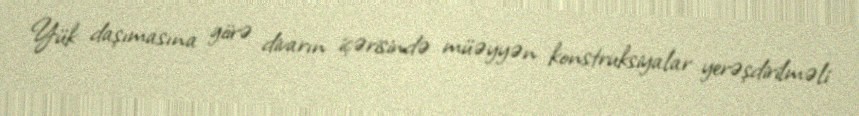
Yük daşımasına görə divarın içərisində müəyyən konstruksiyalar yerəşdirilməli